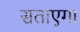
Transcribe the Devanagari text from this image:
सताएगा